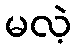
မလဲ့